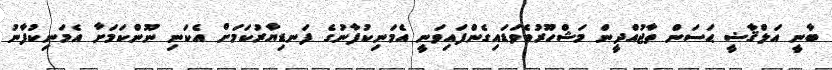
ބާނީ އަލްޤާޟީ ޙަސަން ތާޖުއްދީން މަޝްހޫރުވެވަޑައިގެންފައިވަނީ އެމަނިކުފާނުގެ ފަނޑިޔާރުކަމަށް އެކަނި ނޫންކަމަށާ އެމަނިކުފާނު